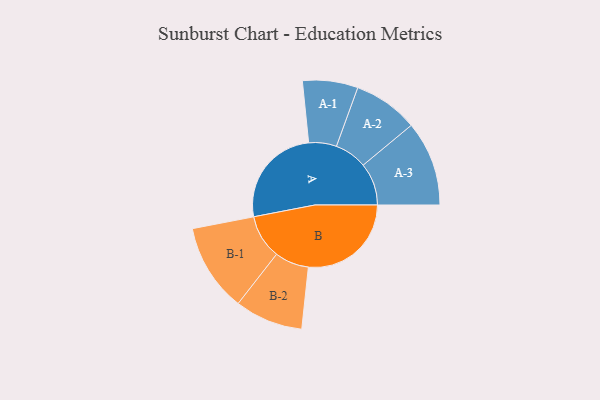
{"axis": {"x": "Segment", "y": "Value"}, "legend": ["", "A", "B"], "data": [{"x": "A", "y": 379, "type": ""}, {"x": "B", "y": 383, "type": ""}, {"x": "A-1", "y": 103, "type": "A"}, {"x": "A-2", "y": 121, "type": "A"}, {"x": "A-3", "y": 158, "type": "A"}, {"x": "B-1", "y": 164, "type": "B"}, {"x": "B-2", "y": 127, "type": "B"}]}